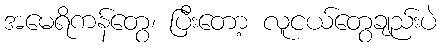
အမေရိကန်တွေ၊ ပြီးတော့ လူငယ်တွေချည်းပဲ